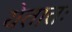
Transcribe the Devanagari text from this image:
येतातः